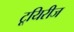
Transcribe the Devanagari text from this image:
टूयिरीज